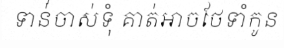
ទាន់់ចាស់ទុំ គាត់អាចថែទាំកូន